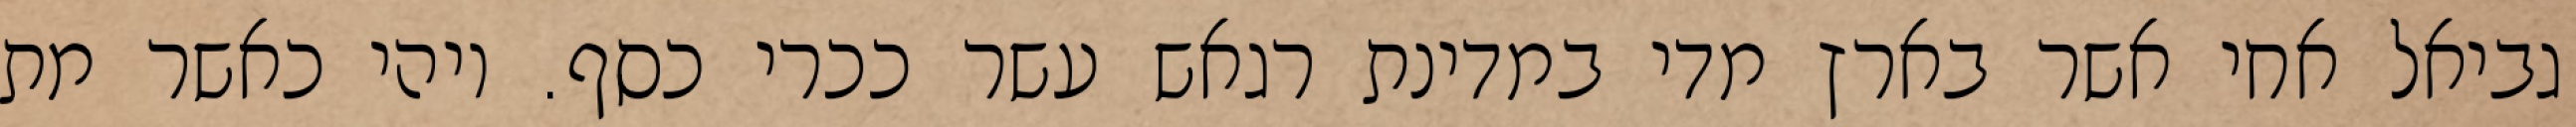
גביאל אחי אשר בארץ מדי במדינת רגאש עשר ככרי כסף. ויהי כאשר מת